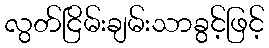
လွတ်ငြိမ်းချမ်းသာခွင့်ဖြင့်